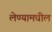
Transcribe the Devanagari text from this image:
लेण्यामधील